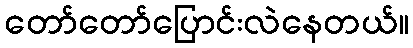
တော်တော်ပြောင်းလဲနေတယ်။